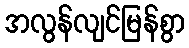
အလွန်လျင်မြန်စွာ